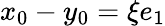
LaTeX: x_{0}-y_{0}=\xi e_{1}